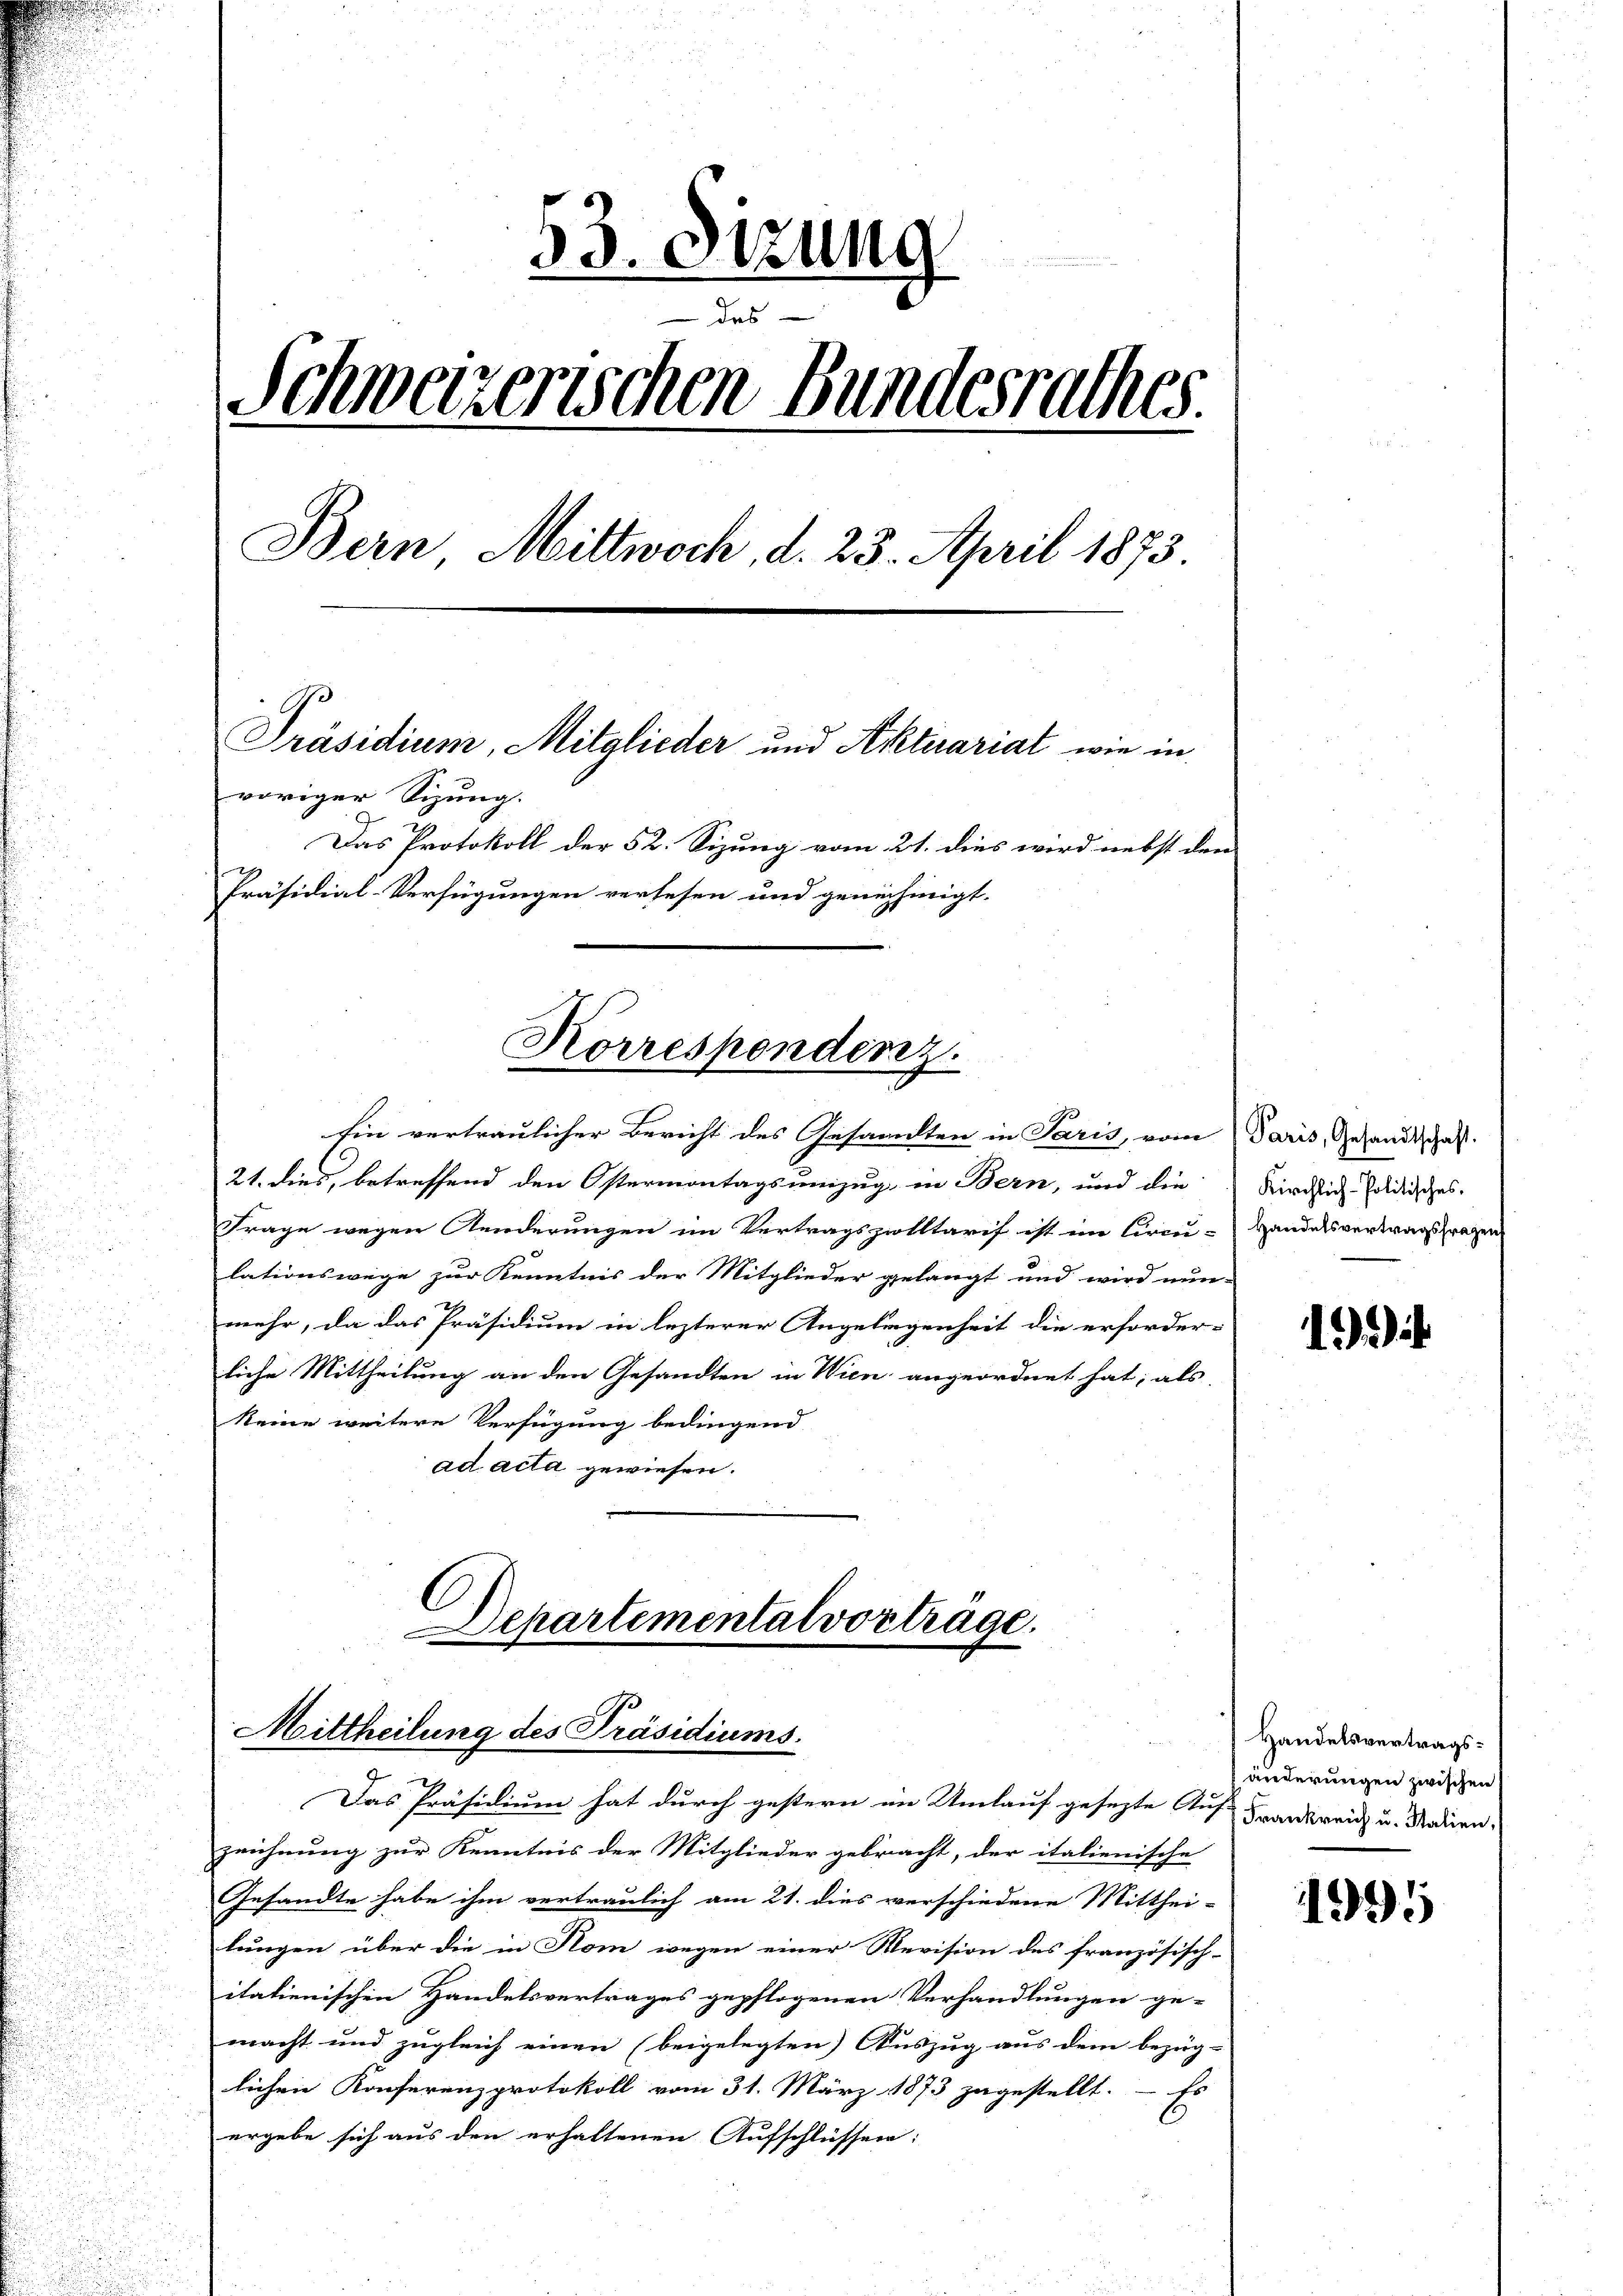
53. Sizung
des
Schweizerischen Bundesrathes.
Bern Mittwoch, d. 23. April 1873
Präsidium, Mitglieder und Aktuariat wie in
voriger Sizung.
Das Protokoll der 52. Sizung vom 21. dies wird nebst den
Präsidial-Verfügungen versehen und genehmigt.

Korrespendenz.

hin vertraulicher Bericht des Gesandten in Paris, vom Paris, Gesandtschaft.
21. dies, betreffend den Ostermontags umzug in Bern, und die Kindlich solidisches.
Frage wegen Aenderungen im Vertragspolitarif ist im Circu-Handelsvertragsfragen
lationswege zur Kenntnis der Mitglieder gelangt und wird nun-
mehr, da das Präsidium in lezterer Angelegenheit die erforder-
liche Mittheilung an den Gesandten in Wien angeordnet hat; als
keine weitere Verfügung bedingend
ad acta gewiesen.

Departemental vorträge.
Mittheilung des Präsidiums.

Das Präsidium hat durch gestern im Umlauf gesezte Auf-
zeichnung zur Kenntnis der Mitglieder gebracht, der italienische
Gesandte habe ihm vertraulich am 21. dies verschiedene Mitthei-
lungen über die in Rom wegen einer Revision des französisch-
italienischen Handelsvertrages gepflogenen Verhandlungen ge-
macht und zugleich einen (beigelegten Auszug aus dem bezüg-
lichen Konferenzprotokoll vom 31. März 1873 zugestellt. – Es
ergebe sich aus den erhaltenen Aufschlüssen:

.)

Handelsvertragsänderungen zwischen
Frankreich u. Stalien,

1995